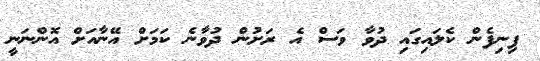
ފިނިފެން ކެލައިގައި ދުވާ ވަސް އެ ރަށުން ދުވާނެ ކަމަށް އޭނާއަށް އޮންނަނީ